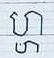
ហ្ហ